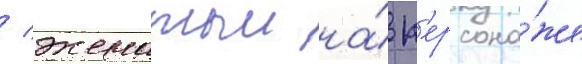
/ женатыи на́ п'ерсона́же